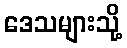
ဒေသများသို့